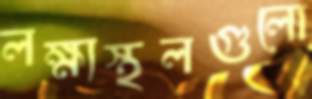
লক্ষ্যস্থলগুলো